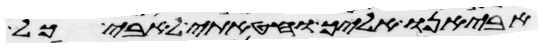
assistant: אביאנו אליך וחטאתי לאבי כל